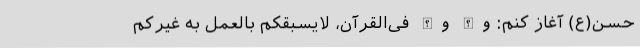
حسن(ع) آغاز کنم: واللّه واللّه فی‌القرآن، لایسبقکم بالعمل به غیرکم